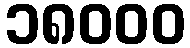
၁၈၀၀၀